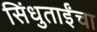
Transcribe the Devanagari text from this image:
सिंधुताईंचा